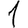
Digit: 1